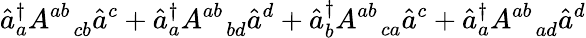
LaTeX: \hat{a}_{a}^{\dagger}A_{\; \; \; cb}^{ab}\hat{a}^{c}+\hat{a}_{a}^{\dagger}A_{\; \; \; bd}^{ab}\hat{a}^{d}+\hat{a}_{b}^{\dagger}A_{\; \; \; ca}^{ab}\hat{a}^{c}+\hat{a}_{a}^{\dagger}A_{\; \; \; ad}^{ab}\hat{a}^{d}